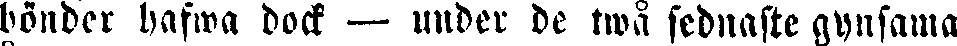
bönder hafwa dock — under de twå sednaste gynsama